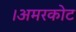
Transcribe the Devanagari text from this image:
।अमरकोट